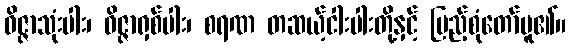
ဝိဇ္ဇာသုံးပါး၊ ဝိဇ္ဇာရှစ်ပါး၊ စရဏ တဆယ့်ငါးပါးတို့နှင့် ပြည့်စုံတော်မူ၏။